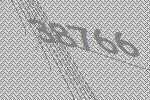
38766